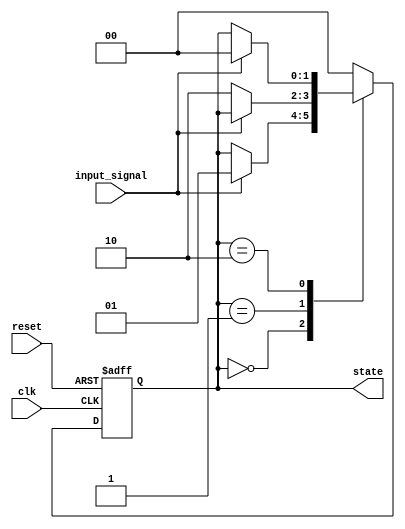
module fsm_example (
    input wire clk,          // Clock input
    input wire reset,        // Asynchronous reset
    input wire input_signal,  // Input signal for state transition
    output reg [1:0] state   // 2-bit state output
);

    // State encoding
    localparam STATE_0 = 2'b00;
    localparam STATE_1 = 2'b01;
    localparam STATE_2 = 2'b10;

    // Initial state
    initial begin
        state = STATE_0;
    end

    // FSM process
    always @(posedge clk or posedge reset) begin
        if (reset) begin
            // Asynchronous reset to initial state
            state <= STATE_0; // Non-blocking assignment
        end else begin
            // State transition logic
            case (state)
                STATE_0: begin
                    if (input_signal) begin
                        state <= STATE_1; // Non-blocking assignment
                    end
                end
                STATE_1: begin
                    if (!input_signal) begin
                        state <= STATE_2; // Non-blocking assignment
                    end
                end
                STATE_2: begin
                    if (input_signal) begin
                        state <= STATE_0; // Non-blocking assignment
                    end
                end
                default: state <= STATE_0; // Default case
            endcase
        end
    end

endmodule